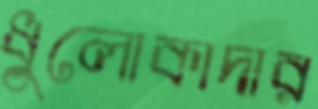
ধুলোকাদার